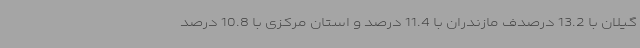
گیلان با 13.2 درصدف مازندران با 11.4 درصد و استان مرکزی با 10.8 درصد